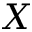
X